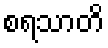
စရသာတိ